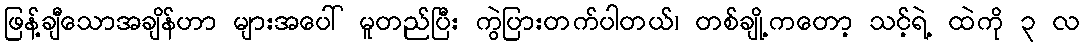
ဖြန့်ချီသောအချိန်ဟာ များအပေါ် မူတည်ပြီး ကွဲပြားတက်ပါတယ်၊ တစ်ချို့ကတော့ သင့်ရဲ့ ထဲကို ၃ လ